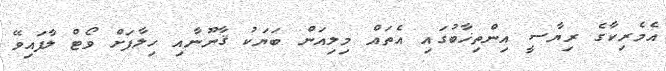
އެމެރިކާގެ ރިޔާސީ އިންތިޚާބުގައި އެތައް މިލިއަން ބަޔަކު ޤާނޫނާއި ހިލާފަށް ވޯޓް ލާފައިވޭ